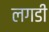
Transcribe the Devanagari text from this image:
लगडी